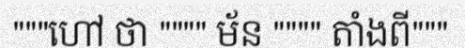
"""ហៅ ថា """" ម័ន """" តាំងពី"""